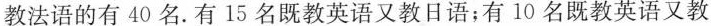
教法语的有40名.有15名既教英语又教日语；有10名既教英语又教